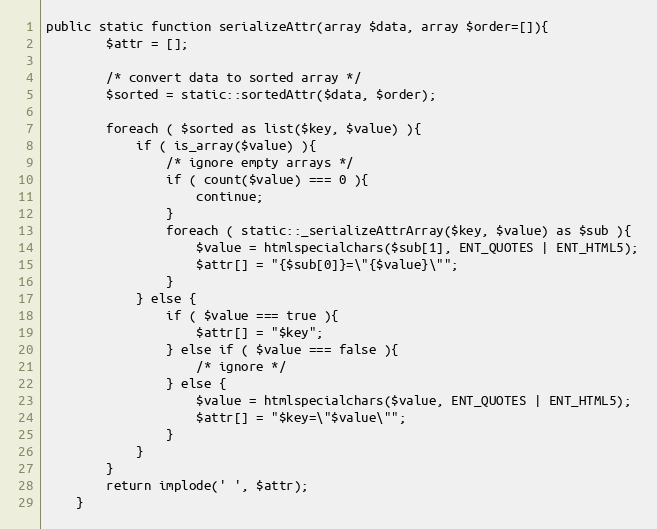
Language: PHP
public static function serializeAttr(array $data, array $order=[]){
		$attr = [];

		/* convert data to sorted array */
		$sorted = static::sortedAttr($data, $order);

		foreach ( $sorted as list($key, $value) ){
			if ( is_array($value) ){
				/* ignore empty arrays */
				if ( count($value) === 0 ){
					continue;
				}
				foreach ( static::_serializeAttrArray($key, $value) as $sub ){
					$value = htmlspecialchars($sub[1], ENT_QUOTES | ENT_HTML5);
					$attr[] = "{$sub[0]}=\"{$value}\"";
				}
			} else {
				if ( $value === true ){
					$attr[] = "$key";
				} else if ( $value === false ){
					/* ignore */
				} else {
					$value = htmlspecialchars($value, ENT_QUOTES | ENT_HTML5);
					$attr[] = "$key=\"$value\"";
				}
			}
		}
		return implode(' ', $attr);
	}